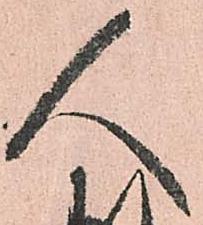
人